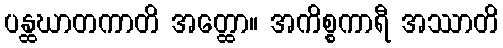
ပန္ထဃာတကာတိ အတ္ထော။ အကိစ္စကာရီ အဿာတိ